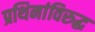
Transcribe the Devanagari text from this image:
प्रथिनांविरुद्ध